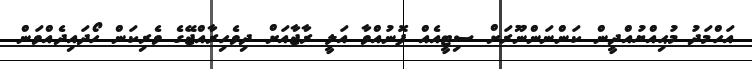
އަހްމަދު މުޙިއްޔުއްދީން ކަންނަންނޫރަށް ސިޓީއެއް ފޮނުއްވާ އަލީ ރާޖާއަށް ދިވެހިރާއްޖޭގެ ވެރިކަން ހޯދައިދެއްވަން